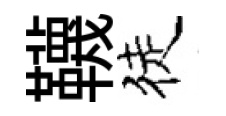
韈徒